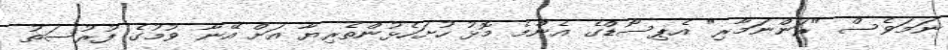
ނަމަވެސް "ރަންނަމާރި" އެޕިސޯޑްގެ އެންމެ މޮޅު ހުށަހެޅުންތެރިޔާ އަށް އޭނާ ވުމުގެ ފުރުސަތު